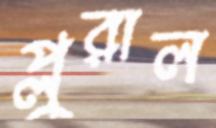
প্লুরাল